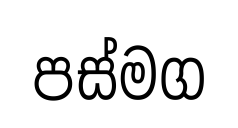
පස්මග